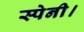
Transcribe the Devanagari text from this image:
स्पेनी।